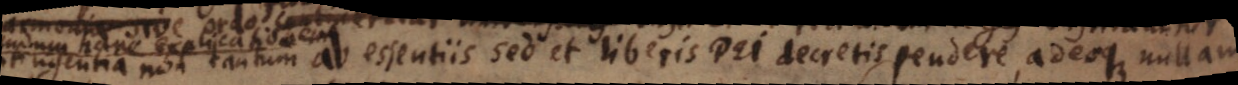
contingentia non tantum ab essentiis sed et liberis Dei decretis pendere, adeoque nullam